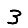
Digit: 3